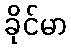
ခိုင်မာ